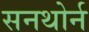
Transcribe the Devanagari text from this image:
सनथोर्न